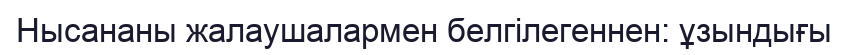
Нысананы жалаушалармен белгілегеннен: ұзындығы